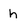
Character: h